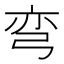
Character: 弯